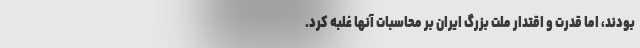
بودند، اما قدرت و اقتدار ملت بزرگ ایران بر محاسبات آنها غلبه کرد.